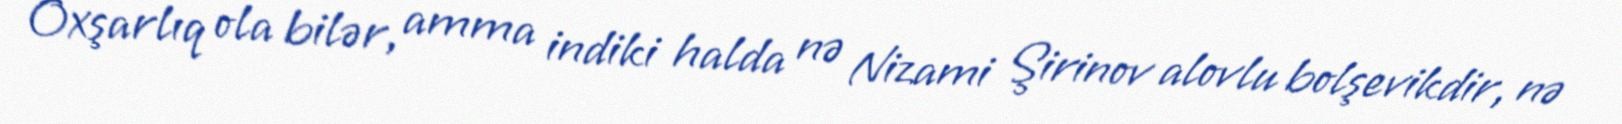
Oxşarlıq ola bilər, amma indiki halda nə Nizami Şirinov alovlu bolşevikdir, nə